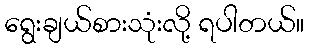
ရွေးချယ်စားသုံးလို့ ရပါတယ်။